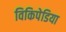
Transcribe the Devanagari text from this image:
विकिपेडिया